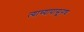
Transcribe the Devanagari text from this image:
त्याच्यापासूनच